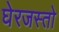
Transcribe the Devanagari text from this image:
घेरजस्तो